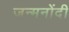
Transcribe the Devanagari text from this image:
जन्मनोंदी